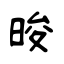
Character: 晙